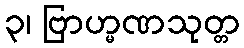
၃၊ ဗြာဟ္မဏသုတ္တ